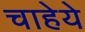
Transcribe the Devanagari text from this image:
चाहेये